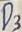
Text: D3